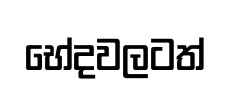
භේදවලටත්